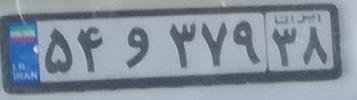
۵۴و۳۷۹۳۸